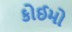
કોઈમો